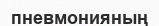
пневмонияның